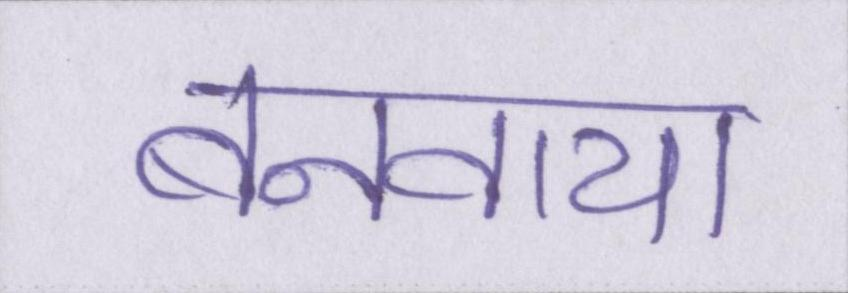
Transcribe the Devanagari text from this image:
बनवाया